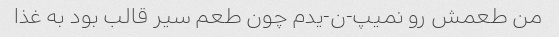
من طعمش رو نمیپ-ن-یدم چون طعم سیر قالب بود به غذا